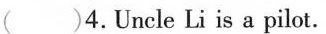
( )4.Uncle Li is a pilot.